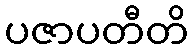
ပဇာပတီတိ